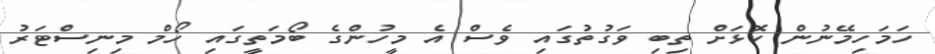
ހަމަހިމޭނުން ކޮޅަށް ތިބި ވަގުތުގައި ވެސް އެ މީހުންގެ ބޯމަތީގައި ހޯމް މިނިސްޓަރު